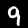
Label: 9